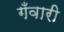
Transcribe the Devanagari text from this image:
गँवारी